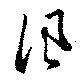
風